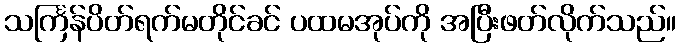
သင်္ကြန်ပိတ်ရက်မတိုင်ခင် ပထမအုပ်ကို အပြီးဖတ်လိုက်သည်။